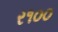
ર૧૦૦